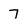
Character: 7